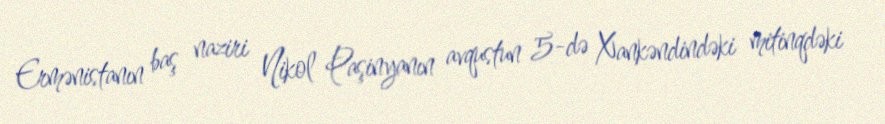
Ermənistanın baş naziri Nikol Paşinyanın avqustun 5-də Xankəndindəki mitinqdəki